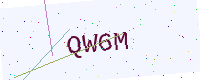
Text: QW6M